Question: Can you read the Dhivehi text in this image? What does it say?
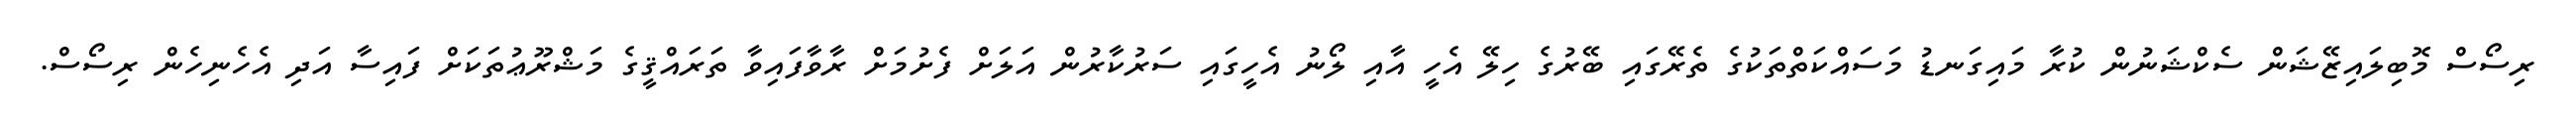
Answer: ރިސޯސް މޮބިލައިޒޭޝަން ސެކްޝަނުން ކުރާ މައިގަނޑު މަސައްކަތްތަކުގެ ތެރޭގައި ބޭރުގެ ހިލޭ އެހީ އާއި ލޯނު އެހީގައި ސަރުކާރުން އަލަށް ފެށުމަށް ރާވާފައިވާ ތަރައްޤީގެ މަޝްރޫޢުތަކަށް ފައިސާ އަދި އެހެނިހެން ރިސޯސް.